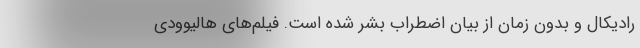
رادیکال و بدون زمان از بیان اضطراب بشر شده است. فیلم‌های هالیوودی